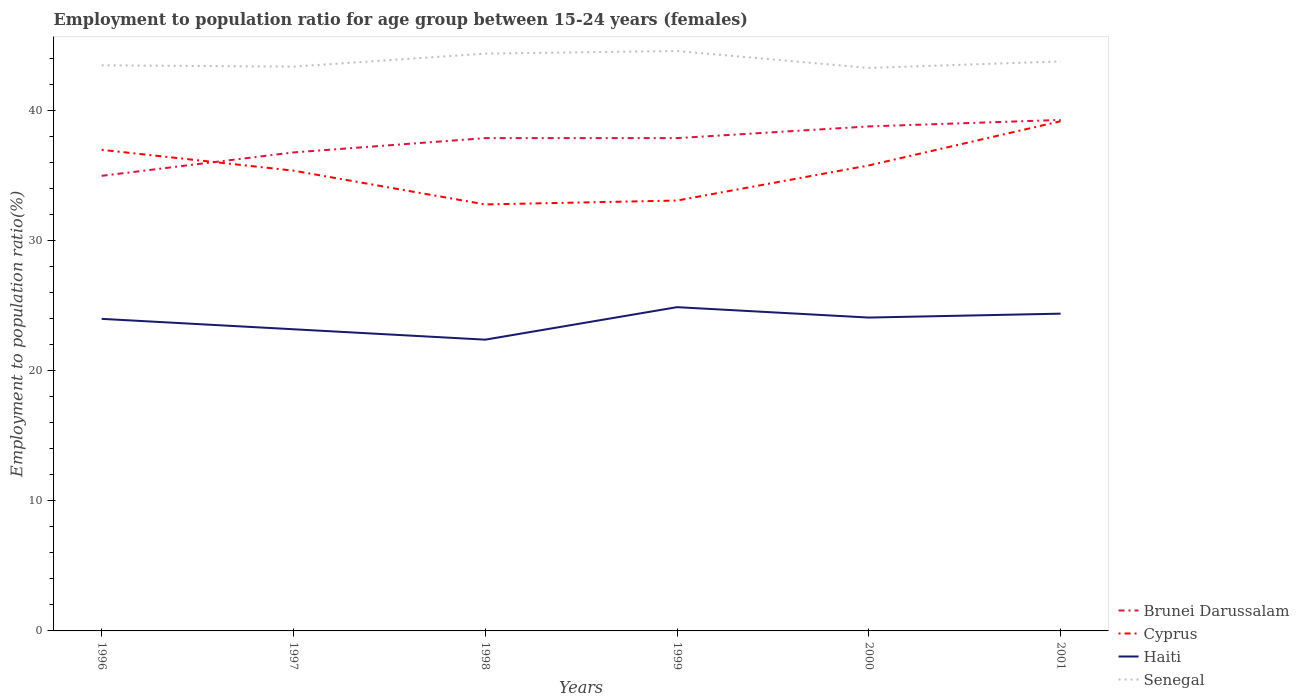
| Years | Brunei Darussalam | Cyprus | Haiti | Senegal |
 | --- | --- | --- | --- | --- |
 | 1996 | 35 | 37 | 24 | 43.5 |
 | 1997 | 36.8 | 35.4 | 23.2 | 43.4 |
 | 1998 | 37.9 | 32.8 | 22.4 | 44.4 |
 | 1999 | 37.9 | 33.1 | 24.9 | 44.6 |
 | 2000 | 38.8 | 35.8 | 24.1 | 43.3 |
 | 2001 | 39.3 | 39.2 | 24.4 | 43.8 |